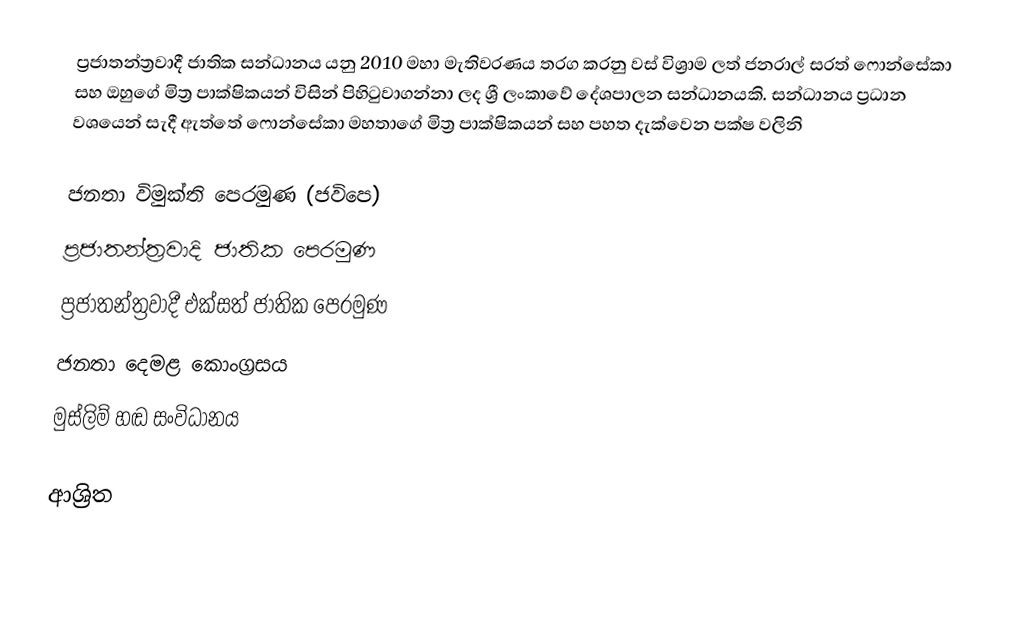
ප්‍රජාතන්ත්‍රවාදී ජාතික සන්ධානය යනු 2010 මහා මැතිවරණය තරග කරනු වස් විශ්‍රාම ලත් ජනරාල් සරත් ෆොන්සේකා සහ ඔහුගේ මිත්‍ර පාක්ෂිකයන් විසින් පිහිටුවාගන්නා ලද  ශ්‍රී ලංකාවේ දේශපාලන සන්ධානයකි. සන්ධානය ප්‍රධාන වශයෙන් සැදී ඇත්තේ ෆොන්සේකා මහතාගේ මිත්‍ර පාක්ෂිකයන් සහ පහත දැක්වෙන පක්ෂ වලිනි

ජනතා විමුක්ති පෙරමුණ (ජවිපෙ)
ප්‍රජාතන්ත්‍රවාදි ජාතික පෙරමුණ
ප්‍රජාතන්ත්‍රවාදී එක්සත් ජාතික පෙරමුණ
ජනතා දෙමළ කොංග්‍රසය
මුස්ලිම් හඬ සංවිධානය

ආශ්‍රිත